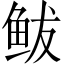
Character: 鲅